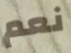
نعم